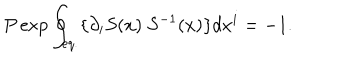
P \exp \oint _ { e q . } \{ \partial _ { i } S ( x ) \ S ^ { - 1 } ( x ) \} d x ^ { i } = - 1 .